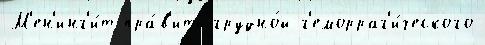
М'ен'инг'и́т пра́в'ить грудно́й г'еморраг'и́ческого